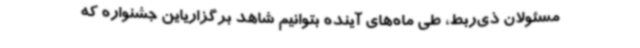
مسئولان ذی‌ربط، طی ماه‌های آینده بتوانیم شاهد برگزاریاین جشنواره که